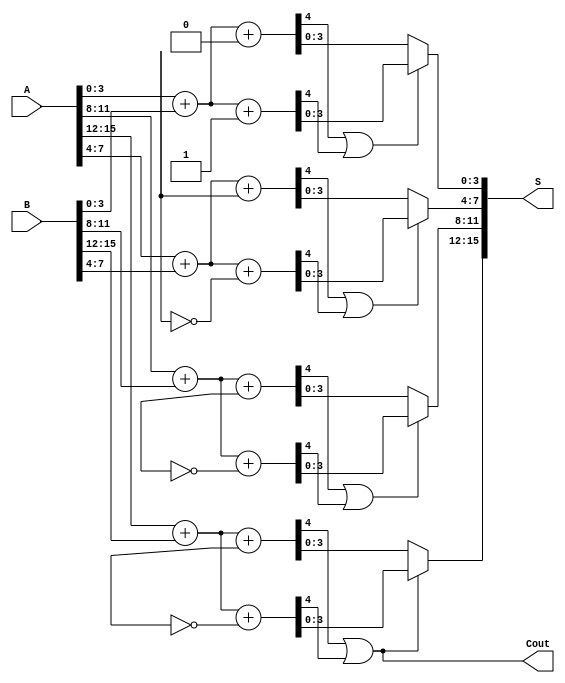
module han_carlson_adder #(parameter N = 16, // Total number of bits
                            parameter M = 4)  // Group size
(
    input  [N-1:0] A, // First input
    input  [N-1:0] B, // Second input
    output [N-1:0] S, // Sum output
    output         Cout // Carry out
);

    // Number of groups
    localparam NUM_GROUPS = N / M;

    // Intermediate signals
    wire [M-1:0] sum [0:NUM_GROUPS-1];
    wire [NUM_GROUPS-1:0] carry_in;
    wire [NUM_GROUPS-1:0] carry_out;
    wire [NUM_GROUPS-1:0] carry_select;

    // Generate carry_in for the first group
    assign carry_in[0] = 1'b0; // Initial carry-in for the first group

    // Generate sum and carry for each group
    genvar i;
    generate
        for (i = 0; i < NUM_GROUPS; i = i + 1) begin : group
            wire [M-1:0] A_group = A[M*i +: M];
            wire [M-1:0] B_group = B[M*i +: M];

            // Pre-compute sums for carry-in = 0 and carry-in = 1
            wire [M:0] sum0 = A_group + B_group + carry_in[i];
            wire [M:0] sum1 = A_group + B_group + (carry_in[i] ^ 1'b1);

            // Carry out for the current group
            assign carry_out[i] = sum0[M] | sum1[M];

            // Select the correct sum based on the carry_out of the previous group
            assign sum[i] = carry_out[i] ? sum1[M-1:0] : sum0[M-1:0];
        end
    endgenerate

    // Final carry out
    assign Cout = carry_out[NUM_GROUPS-1];

    // Concatenate the sum outputs from each group
    generate
        for (i = 0; i < NUM_GROUPS; i = i + 1) begin : concat_sum
            assign S[M*i +: M] = sum[i];
        end
    endgenerate

endmodule